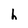
Character: h